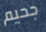
جحيم